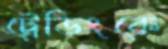
ট্রেডিংকে